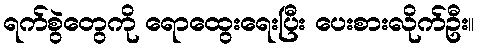
ရက်စွဲတွေကို ရောထွေးရေးပြီး ပေးစားလိုက်ဦး။